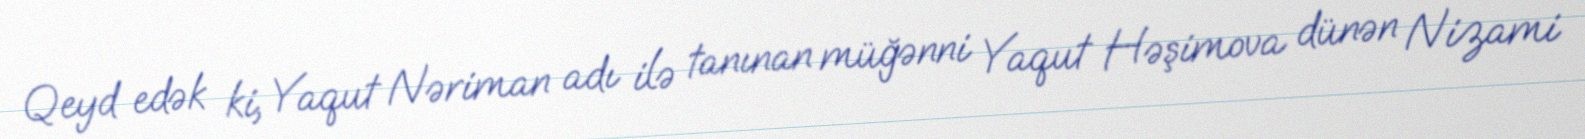
Qeyd edək ki, Yaqut Nəriman adı ilə tanınan müğənni Yaqut Həşimova dünən Nizami